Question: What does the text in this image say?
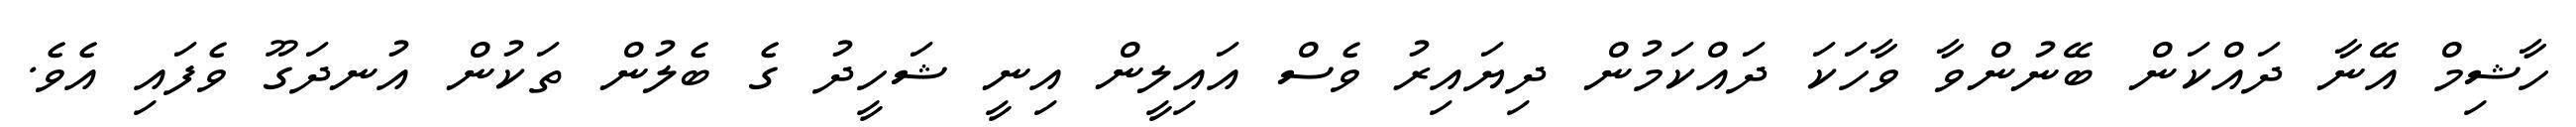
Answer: ހާޝިމް އޭނާ ދައްކަން ބޭނުންވާ ވާހަކަ ދައްކަމުން ދިޔައިރު ވެސް އައިލީން އިނީ ޝަހީދު ގެ ބެލުން ތަކުން އުނދަގޫ ވެފައި އެވެ.